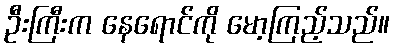
ဦးကြီးက နေရောင်ကို မော့ကြည့်သည်။